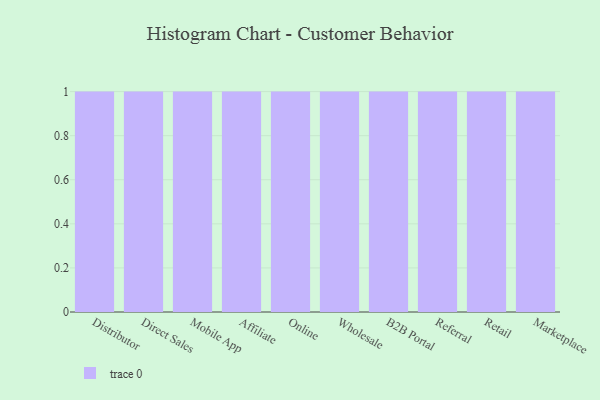
{"axis": {"x": "Channel", "y": "Population (Million)"}, "legend": [""], "data": [{"x": "Distributor", "y": 48, "type": ""}, {"x": "Direct Sales", "y": 68, "type": ""}, {"x": "Mobile App", "y": 75, "type": ""}, {"x": "Affiliate", "y": 61, "type": ""}, {"x": "Online", "y": 53, "type": ""}, {"x": "Wholesale", "y": 55, "type": ""}, {"x": "B2B Portal", "y": 21, "type": ""}, {"x": "Referral", "y": 3, "type": ""}, {"x": "Retail", "y": 58, "type": ""}, {"x": "Marketplace", "y": 15, "type": ""}]}